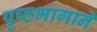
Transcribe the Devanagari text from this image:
पृष्ठभागाने